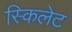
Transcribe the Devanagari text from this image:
स्किलेट